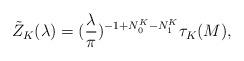
LaTeX: \begin{align*}\tilde{Z}_K(\lambda) = (\frac{\lambda}{\pi})^{-1+N_0^K-N_1^K}\tau_K(M),\end{align*}